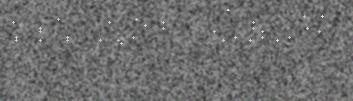
Vuovdeeaiggát